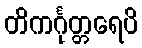
တိကင်္ဂုတ္တရေပိ